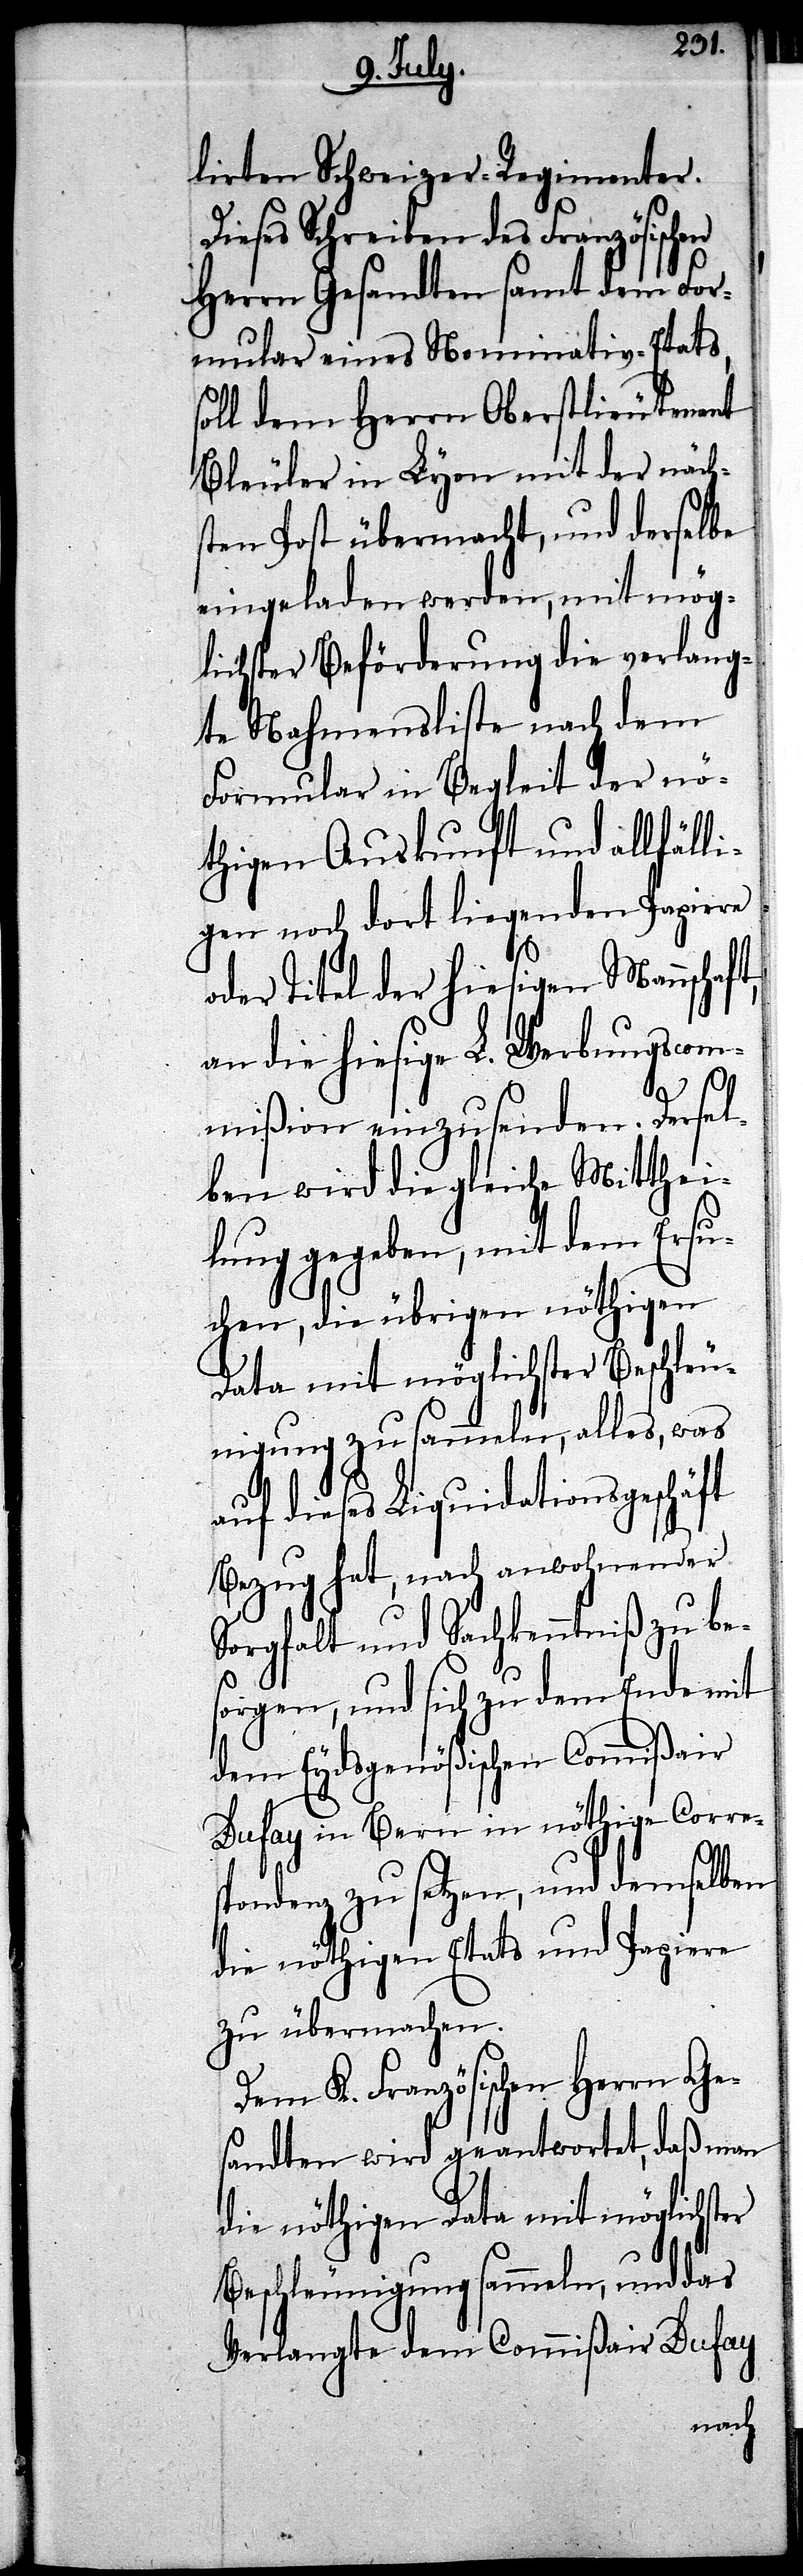
lirten Schweizer Regimenter.
Dieses Schreiben des Französischen
Herrn Gesandten samt dem For¬
mular eines Nominativ-Etats,
soll dem Herrn Oberstlieutenant
Bleuler in Lyon mit der näch¬
sten Post übermacht, und derselbe
eingeladen werden, mit mög¬
lichster Beförderung die verlang¬
te Nahmensliste nach dem
Formular in Begleit der nö¬
thigen Auskunft und allfälli¬
gen noch dort liegenden Papiere
oder Titel der hiesigen Mannschaft,
an die hiesige L. Werbungscom¬
mißion einzusenden. Dersel¬
ben wird die gleiche Mitthei¬
lung gegeben, mit dem Ersu¬
chen, die übrigen nöthigen
Data mit möglichster Beschleu¬
nigung zu sammeln, alles, was
auf dieses Liquidationsgeschäft
Bezug hat, nach anwohnender
Sorgfalt und Sachkenntniß zu be¬
sorgen, und sich zu dem Ende mit
dem Eydsgenößischen Commißair
Dufay in Bern in nöthige Corre¬
spondenz zu setzen, und demselben
die nöthigen Etats und Papiere
zu übermachen.
Dem K. Französischen Herrn Ge¬
sandte wird geantwortet, daß man
die nöthigen Data mit möglichster
Beschleunigung sammeln, und das
Verlangte dem Commißair Dufay